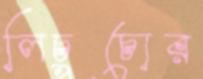
লিচুচোর